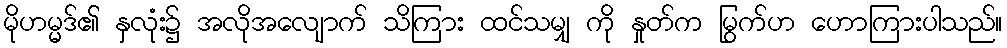
မိုဟမ္မဒ်၏ နှလုံး၌ အလိုအလျောက် သိကြား ထင်သမျှ ကို နှုတ်က မြွက်ဟ ဟောကြားပါသည်။